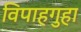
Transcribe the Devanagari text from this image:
विपाहगुहा